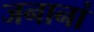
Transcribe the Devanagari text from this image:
जनानां